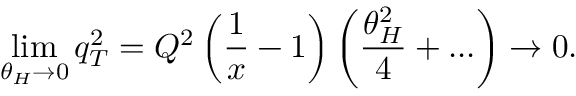
\operatorname * { l i m } _ { \theta _ { H } \rightarrow 0 } q _ { T } ^ { 2 } = Q ^ { 2 } \left( \frac { 1 } { x } - 1 \right) \left( \frac { \theta _ { H } ^ { 2 } } { 4 } + . . . \right) \rightarrow 0 .